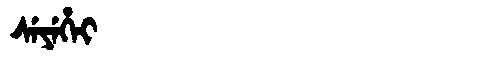
Manchu: ᠰᡝᠶᡝᡥᡝᡳ
Romanization: SEYEHEI